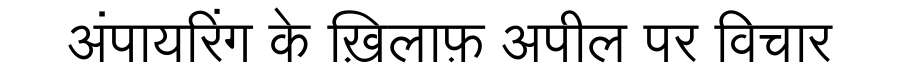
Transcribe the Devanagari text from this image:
अंपायरिंग के ख़िलाफ़ अपील पर विचार